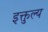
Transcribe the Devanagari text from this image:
इक्तुल्य